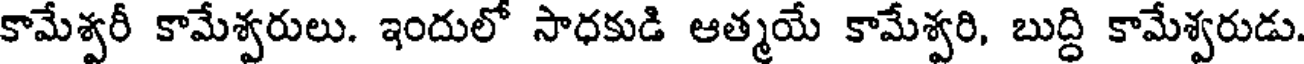
కామేశ్వరీ కామేశ్వరులు. ఇందులో సాధకుడి ఆత్మయే కామేశ్వరి, బుద్ధి కామేశ్వరుడు